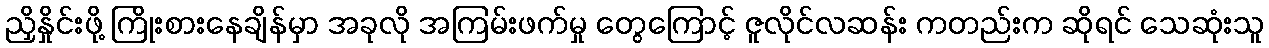
ညှိနှိုင်းဖို့ ကြိုးစားနေချိန်မှာ အခုလို အကြမ်းဖက်မှု တွေကြောင့် ဇူလိုင်လဆန်း ကတည်းက ဆိုရင် သေဆုံးသူ